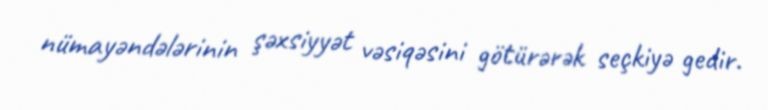
nümayəndələrinin şəxsiyyət vəsiqəsini götürərək seçkiyə gedir.